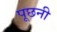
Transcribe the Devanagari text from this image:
पूछनी